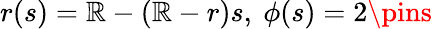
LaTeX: r(s)=\mathbb{R}-(\mathbb{R}-r)s,~\phi(s)=2\pins